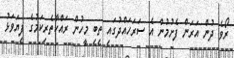
ރޯވެ ދުން އަރަން ފެށުމުން އެ ސަރަހައްދުގައި ތިބި މީހުން ރައްކާތެރިކަމުގެ ފިޔަވަޅު